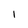
Character: 1